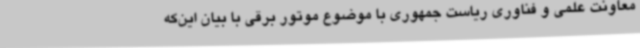
معاونت علمی و فناوری ریاست جمهوری با موضوع موتور برقی با بیان این‌که